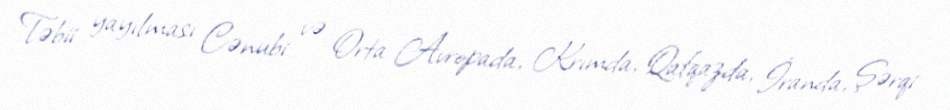
Təbii yayılması Cənubi və Orta Avropada, Krımda, Qafqazda, İranda, Şərqi